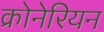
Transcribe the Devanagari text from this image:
क्रोनेरियन